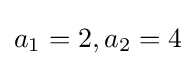
a_{1}=2,a_{2}=4